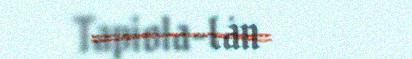
Tapiola-Länsman